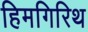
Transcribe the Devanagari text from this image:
हिमगिरिथ